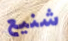
شنيع